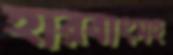
হারবাংসহ